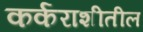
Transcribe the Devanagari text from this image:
कर्कराशीतील